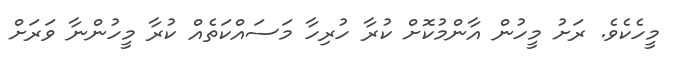
މީހެކެވެ. ރަށު މީހުން އާންމުކޮށް ކުރާ ހުރިހާ މަސައްކަތެއް ކުރާ މީހުންނާ ވަރަށް